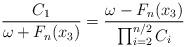
LaTeX: \begin{align*} \frac{ C_1 }{ \omega + F_n( x_3 )} = \frac{ \omega - F_n( x_3 )}{\prod_{i = 2}^{n / 2} C_i}\end{align*}